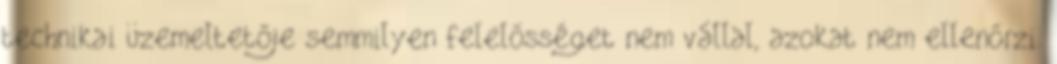
technikai üzemeltetője semmilyen felelősséget nem vállal, azokat nem ellenőrzi.